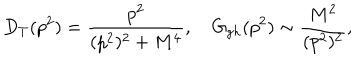
LaTeX: D _ { T } ( p ^ { 2 } ) = { \frac { p ^ { 2 } } { ( p ^ { 2 } ) ^ { 2 } + M ^ { 4 } } } , \quad G _ { g h } ( p ^ { 2 } ) \sim { \frac { M ^ { 2 } } { ( p ^ { 2 } ) ^ { 2 } } } ,